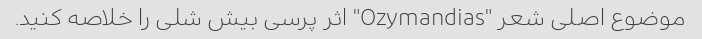
موضوع اصلی شعر "Ozymandias" اثر پرسی بیش شلی را خلاصه کنید.